Annual vaccination report of Bihar and Orissa - 1911-1928
Year: 1911
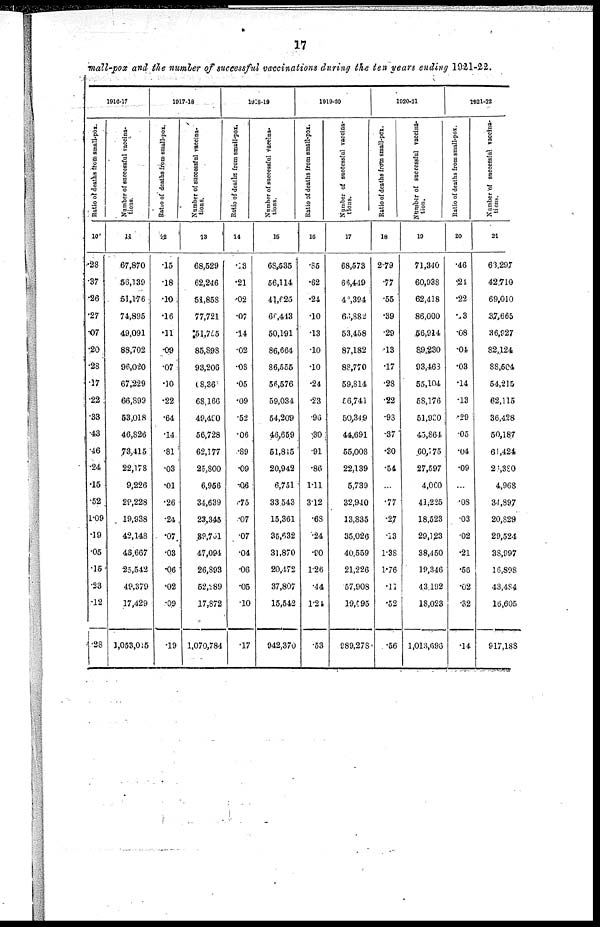
17
small-pox and the number of successful vaccinations during the ten years ending 1921-22.
1916-17
Ratio of deaths from small-pox.
10
.28
.37
.26
.27
.07
.20
.28
.17
.22
.33
.43
.46
.24
.15
.52
l.09
.19
.05
.15
.23
.12
.28
Number of successful vaccina-
tions.
11
67,870
56,139
51,176
74,895
49,091
88,702
96,020
67,229
66,899
53,018
46,826
73,415
22,178
9,226
29,228
19,938
42,148
48,667
25,542
49,379
17,429
1,053,015
1917-18
Ratio of deaths from small-pox.
12
.15
.18
.10
.16
.11
.09
.07
.10
.22
.64
.14
.81
.03
.01
.26
.24
.07
.03
.06
.02
.09
.19
Number of successful vaccina-
tions.
13
68,529
62,246
51,858
77,721
51,755
85,898
93,206
08,36
68,166
49,490
56,728
62,177
25,800
6,956
34,639
23,345
89,761
47,094
26,893
52,289
17,872
1,070,784
1918-19
Ratio of deaths from small-pox.
14
.18
.21
.02
.07
.14
.02
.08
.05
.09
.52
.06
.89
.09
.06
.75
.07
.07
.04
.06
.05
.10
.17
Number of successful vaccina-
tions.
15
68,535
56,114
41,625
66,443
50,191
86,664
86,555
56,576
59,034
54,209
46,659
51,815
20,942
6,751
33,543
15,361
35,632
31,870
20,472
37,807
15,542
942,370
1919-20
Ratio of deaths from small-pox.
16
.85
.62
.24
.10
.13
.10
.10
.24
.23
.96
.30
.91
.86
1.11
3.12
.68
.24
.90
1.26
.44
1.24
.53
Number of successful vaccina-
tion.
17
68,573
66,449
42,394
66,882
53,458
87,182
88,770
59,814
56,741
50,349
44,691
55,008
22,139
5,739
32,940
13,835
35,026
40,559
21,226
57,908
19,595
989,278
1920-21
Ratio of deaths from small-pox.
18
2.79
.77
.55
.39
.29
.13
.17
.28
.22
.93
.37
.30
.54
...
.77
.27
.13
1.38
1.76
.11
.52
.56
Number of successful vaccina-
tion.
19
71,340
60,938
62,418
86,000
56,914
89,230
93,463
55,104
58,176
51,930
45,864
60,775
27,597
4,060
41,225
18,523
29,123
38,450
19,346
43,192
18,023
1,013,696
1921-22
Ratio of deaths from small-pox.
20
.46
24
.22
.03
.08
.04
.03
.14
.13
.29
.05
.04
.09
...
.08
.03
.02
.21
.56
.02
.32
.14
Number of successful vaccina-
tions.
21
63,297
42,710
69,010
37,665
36,927
82,124
88,504
54,215
62,115
36,428
50,187
61,424
20,380
4,968
34,897
20,829
29,524
38,997
16,898
43,484
16,605
917,188